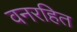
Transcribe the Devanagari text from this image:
वनरहित